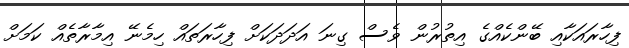
ފިހާރައަކާއި ބޭންކެއްގެ އިތުރުން ވެސް ގިނަ އަދަދަކަށް ފިހާރަތައް ހިމެނޭ އިމާރާތެއް ކަމަށް